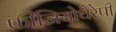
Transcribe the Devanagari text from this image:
फीजियोथैरेपी